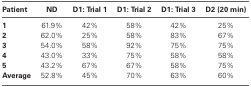
<table><thead><tr><td><b>Patient</b></td><td><b>ND</b></td><td><b>D1: Trial 1</b></td><td><b>D1: Trial 2</b></td><td><b>D1: Trial 3</b></td><td><b>D2 (20 min)</b></td></tr></thead><tbody><tr><td><b>1</b></td><td>61.9%</td><td>42%</td><td>58%</td><td>42%</td><td>25%</td></tr><tr><td><b>2</b></td><td>62.0%</td><td>25%</td><td>58%</td><td>83%</td><td>67%</td></tr><tr><td><b>3</b></td><td>54.0%</td><td>58%</td><td>92%</td><td>75%</td><td>75%</td></tr><tr><td><b>4</b></td><td>43.0%</td><td>33%</td><td>75%</td><td>58%</td><td>58%</td></tr><tr><td><b>5</b></td><td>43.2%</td><td>67%</td><td>67%</td><td>58%</td><td>75%</td></tr><tr><td><b>Average</b></td><td>52.8%</td><td>45%</td><td>70%</td><td>63%</td><td>60%</td></tr></tbody></table>